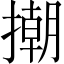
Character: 𢴿